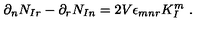
\partial _ { n } N _ { I r } - \partial _ { r } N _ { I n } = 2 V \epsilon _ { m n r } K _ { I } ^ { m } \ .